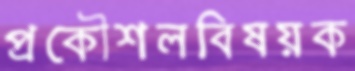
প্রকৌশলবিষয়ক